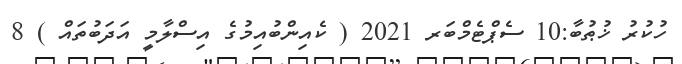
ހުކުރު ޚުޠުބާ:10 ސެޕްޓެމްބަރ 2021 ( ކެއިންބުއިމުގެ އިސްލާމީ އަދަބުތައް ) 8